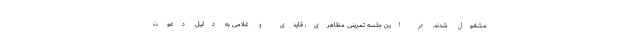
مشغول شدند. در این جلسه تمرینی مظاهری، قایدی و غلامی به دلیل دعوت